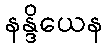
နန္ဒိယေန